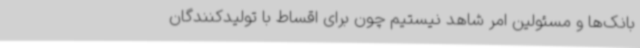
بانک‌ها و مسئولین امر شاهد نیستیم چون برای اقساط با تولیدکنندگان